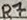
Text: R7